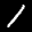
Label: 1